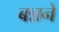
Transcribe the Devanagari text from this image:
बन्नने